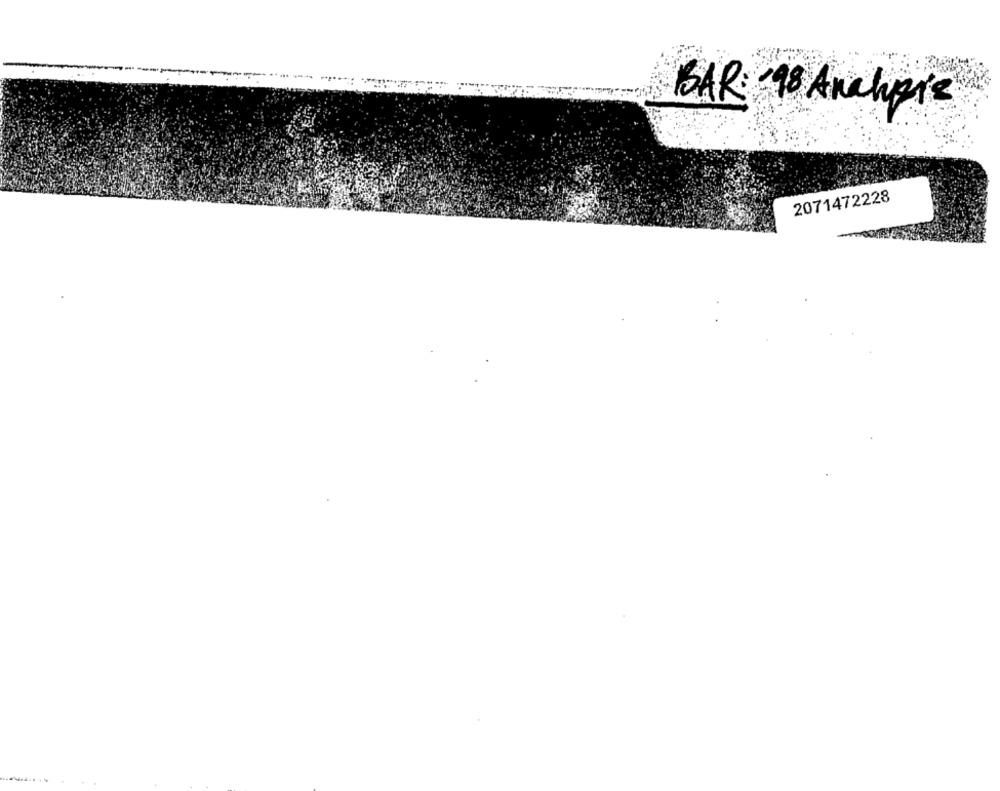
BAR: - 98 Anchois
2071472228